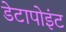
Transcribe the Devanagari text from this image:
डेटापोइंट